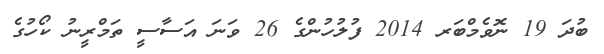
ބުދަ 19 ނޮވެމްބަރ 2014 ފުލުހުންގެ 26 ވަނަ އަސާސީ ތަމްރީނު ކޯހުގެ